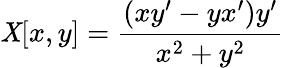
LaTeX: \mathit{X}[x,y]={\frac{{(xy^{\prime}-yx^{\prime})y^{\prime}}}{{x^{2}+y^{2}}}}